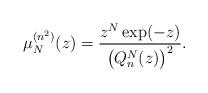
LaTeX: \begin{gather*} \mu _{N}^{(n^{2})}(z)=\frac{z^{N}\exp (-z) }{\big( Q_{n}^{N}(z)\big) ^{2}}.\end{gather*}